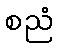
စညံ